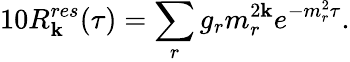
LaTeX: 10R_{\mathbf{k}}^{res}(\tau)=\sum_{r}g_{r}m_{r}^{2\mathbf{k}}e^{-m_{r}^{2}\tau}.